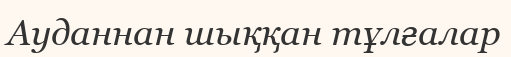
Ауданнан шыққан тұлғалар